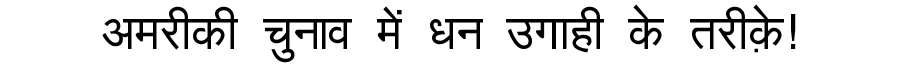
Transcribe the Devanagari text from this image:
अमरीकी चुनाव में धन उगाही के तरीक़े!